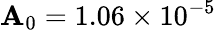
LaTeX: \mathbf{A}_{0}=1.06\times10^{-5}